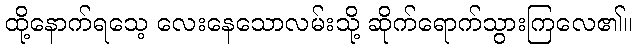
ထို့နောက်ရသေ့ လေးနေသောလမ်းသို့ ဆိုက်ရောက်သွားကြလေ၏။